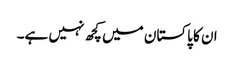
ان کا پاکستان میں کچھ نہیں ہے۔